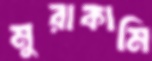
মুরাকামি